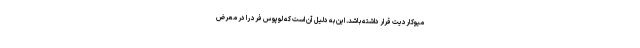
میوکاردیت قرار داشته باشد. این به دلیل آن است که لوپوس فرد را در معرض